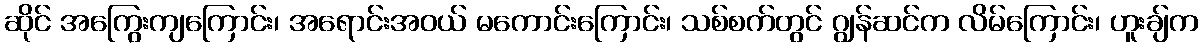
ဆိုင် အကြွေးကျကြောင်း၊ အရောင်းအဝယ် မကောင်းကြောင်း၊ သစ်စက်တွင် ဂျွန်ဆင်က လိမ်ကြောင်း၊ ဟူးချ်က